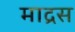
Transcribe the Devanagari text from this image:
माद्रस